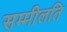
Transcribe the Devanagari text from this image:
सम्मीलति